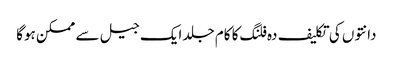
دانتوں کی تکلیف دہ فلنگ کا کام جلد ایک جیل سے ممکن ہوگا